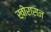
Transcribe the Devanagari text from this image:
ख़ोरासन